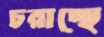
চরাচ্ছে